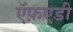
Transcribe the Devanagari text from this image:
ऍफ़एडी